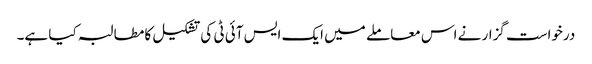
درخواست گزار نے اس معاملے میں ایک ایس آئی ٹی کی تشکیل کا مطالبہ کیا ہے۔